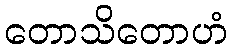
တောသိတောဟံ